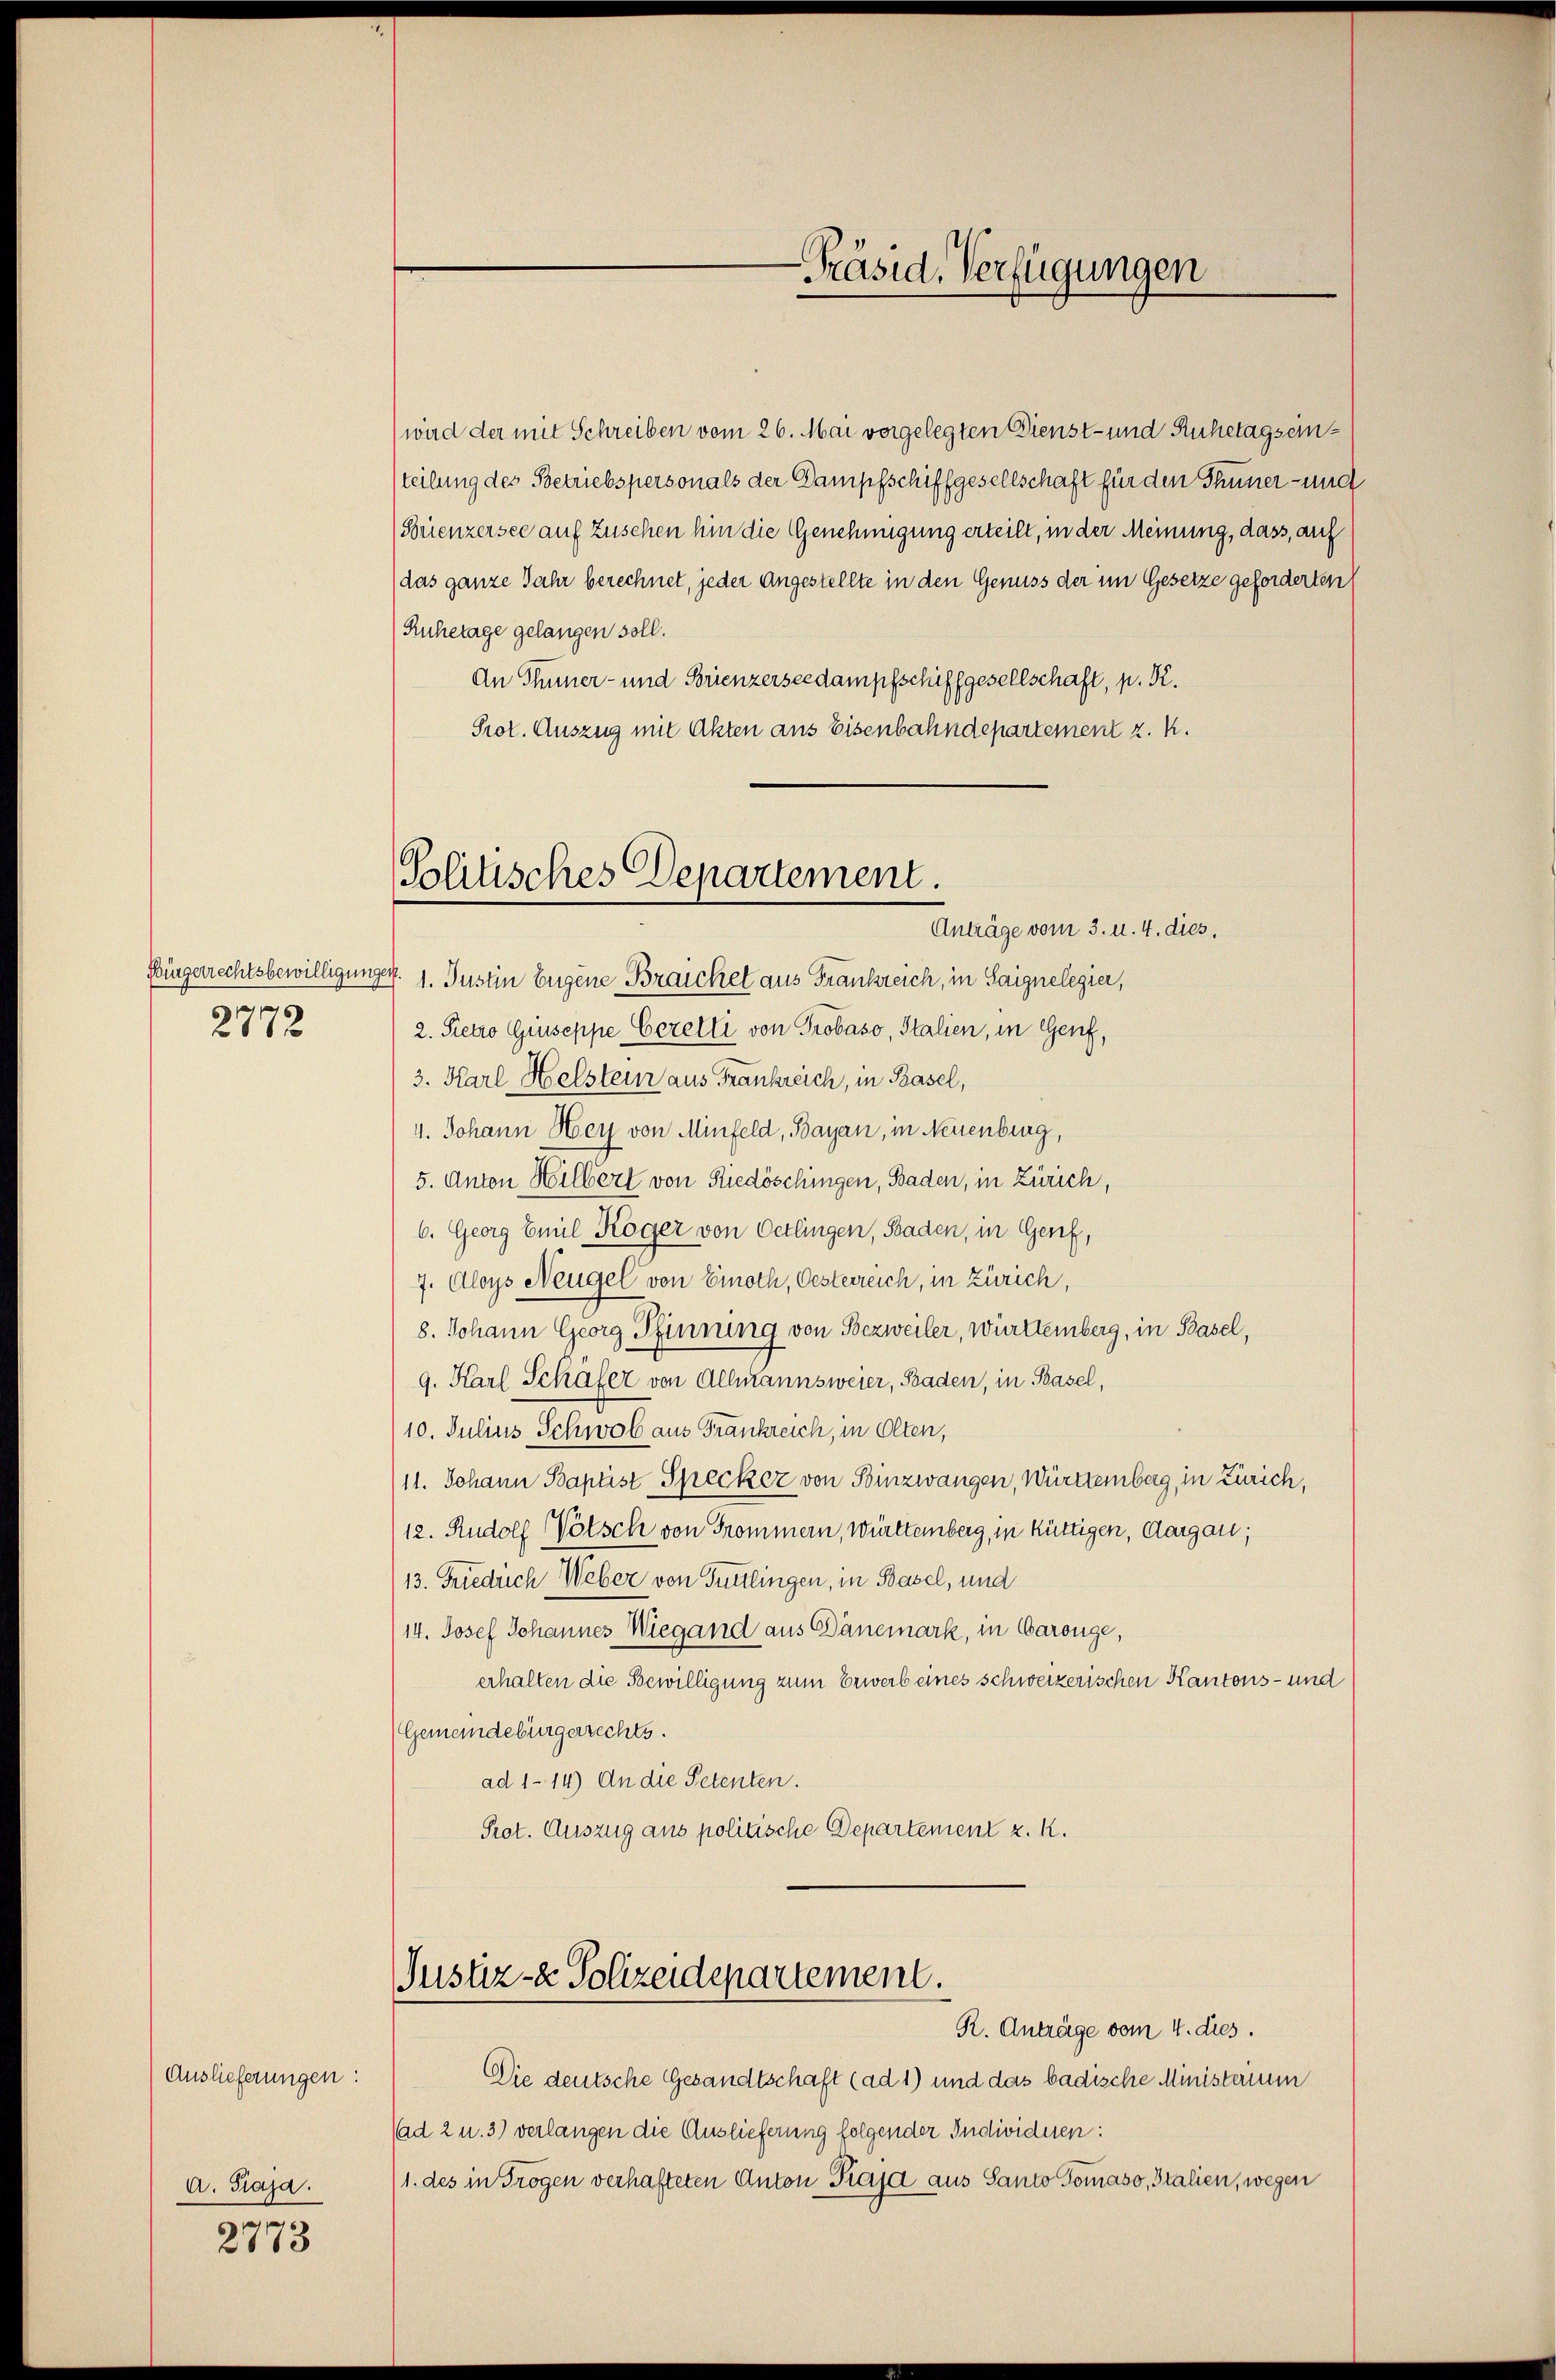
Bürgerrechtsbewilligung
6
271 f

Auslieferungen:
A. Paja.
2773

Politisches Departement.
Anträge vom 3. u. 4. dies.

wird der mit Schreiben vom 26. Mai vorgelegten Dienst- und Ruhetags einteilung des Betriebspersonals der Dampfschiffgesellschaft für den Thuner- und
(Brenzersee auf Zusehen hin die Genehmigung erteilt, in der Meinung, dass, auf
das ganze Jahr berechnet, jeder Angestellte in den Genuss der im Gesetze geforderten
Ruhetage gelangen soll.
An Thuner- und Brienzerseedampfschiffgesellschaft, p. K.
Prot. Auszug mit Akten aus Eisenbahndepartement z. K.
A. 1. Justin Eugene Braichel aus Frankreich, in Saignelegier,
2. Sietro Giuseppe Cerelli von Probaso, Italien, in Genf,
3. Karl Helstein aus Frankreich, in Basel,
4. Johann Hey von Minfeld, Bayan, in Neuenburg,
5. Anton Hilbert von Friedöschingen, Baden, in Zürich,
6. Georg Emil Koger von Oetlingen, Baden, in Genf,
7. Aloys Neugel von Einoch, Oesterreich, in Zürich,
8. Johann Georg Pfinnung von Bezweiler, Württemberg, in Basel,
g. Karl Schäfer von Allmannsweier, Baden, in Basel,
10. Julius Schwol aus Frankreich, in Olten,
11. Johann Baptist Specker von Binzwangen, Württemberg, in Zürich,
12. Rudolf Vötsch von Frommern, Württemberg, in Rüttigen, Aargau;
13. Friedrich Weber von Tuntingen, in Basel, und
14. Josef Johannes Wiegand aus Dänemark, in Carouge,
erhalten die Bewilligung zum Erwerb eines schweizerischen Kantons- und
Gemeindebürgerrechts.
ad 1-14) An die Petenten.
Prot. Auszug aus politische Departement z. K.

Justiz- & Polizeidepartement.

Präsid. Verfügungen

R. Anträge vom 4. dies.
Die deutsche Gesandtschaft (ad 1) und das badische Ministerium
(ad 2 u. 3) verlangen die Auslieferung folgender Individuen:
1. des in Trogen verhafteten Anton Prajd aus Santo Tomaso, Italien, wegen